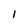
Character: I